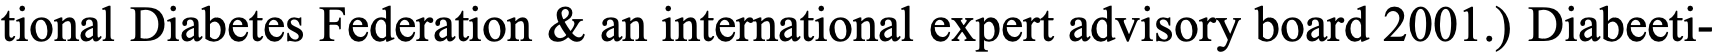
tional Diabetes Federation & an international expert advisory board 2001.) Diabeeti-